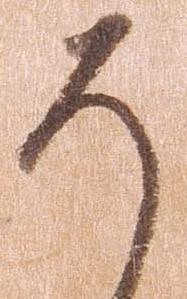
そ